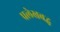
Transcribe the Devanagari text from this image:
प्रलेखबद्ध